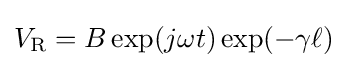
V_{\text{R}}=B\exp(j\omega t)\exp(-\gamma \ell )